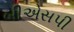
બીએસપી